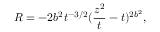
{ \cal R } = - 2 b ^ { 2 } t ^ { - 3 / 2 } ( \frac { z ^ { 2 } } { t } - t ) ^ { 2 b ^ { 2 } } ,